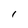
Character: l